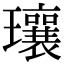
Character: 瓖